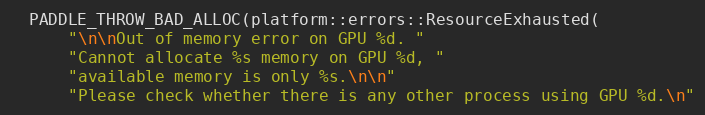
Language: C++
  PADDLE_THROW_BAD_ALLOC(platform::errors::ResourceExhausted(
      "\n\nOut of memory error on GPU %d. "
      "Cannot allocate %s memory on GPU %d, "
      "available memory is only %s.\n\n"
      "Please check whether there is any other process using GPU %d.\n"